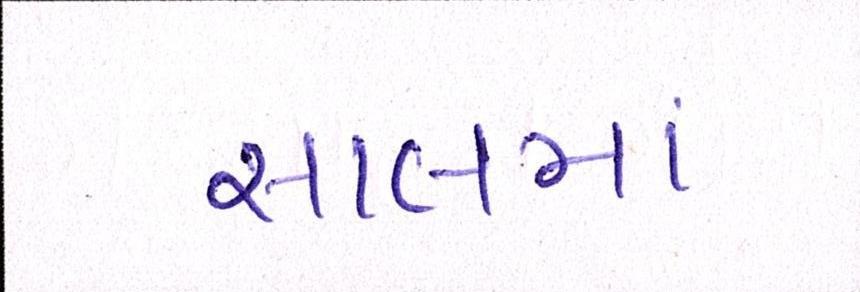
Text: સાલમાં